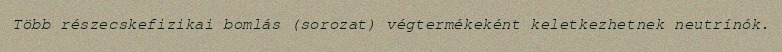
Több részecskefizikai bomlás (sorozat) végtermékeként keletkezhetnek neutrínók.